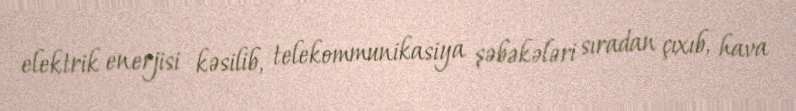
elektrik enerjisi kəsilib, telekommunikasiya şəbəkələri sıradan çıxıb, hava